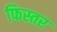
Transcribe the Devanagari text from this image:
फिस्तर